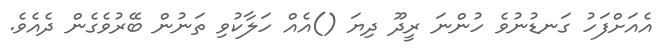
އެއަށްފަހު ގަނޑުނުވެ ހުންނަ ރީދޫ ދިޔަ ()އެއް ހަލާކުވި ތަނުން ބޭރުވެގެން ދެއެވެ.